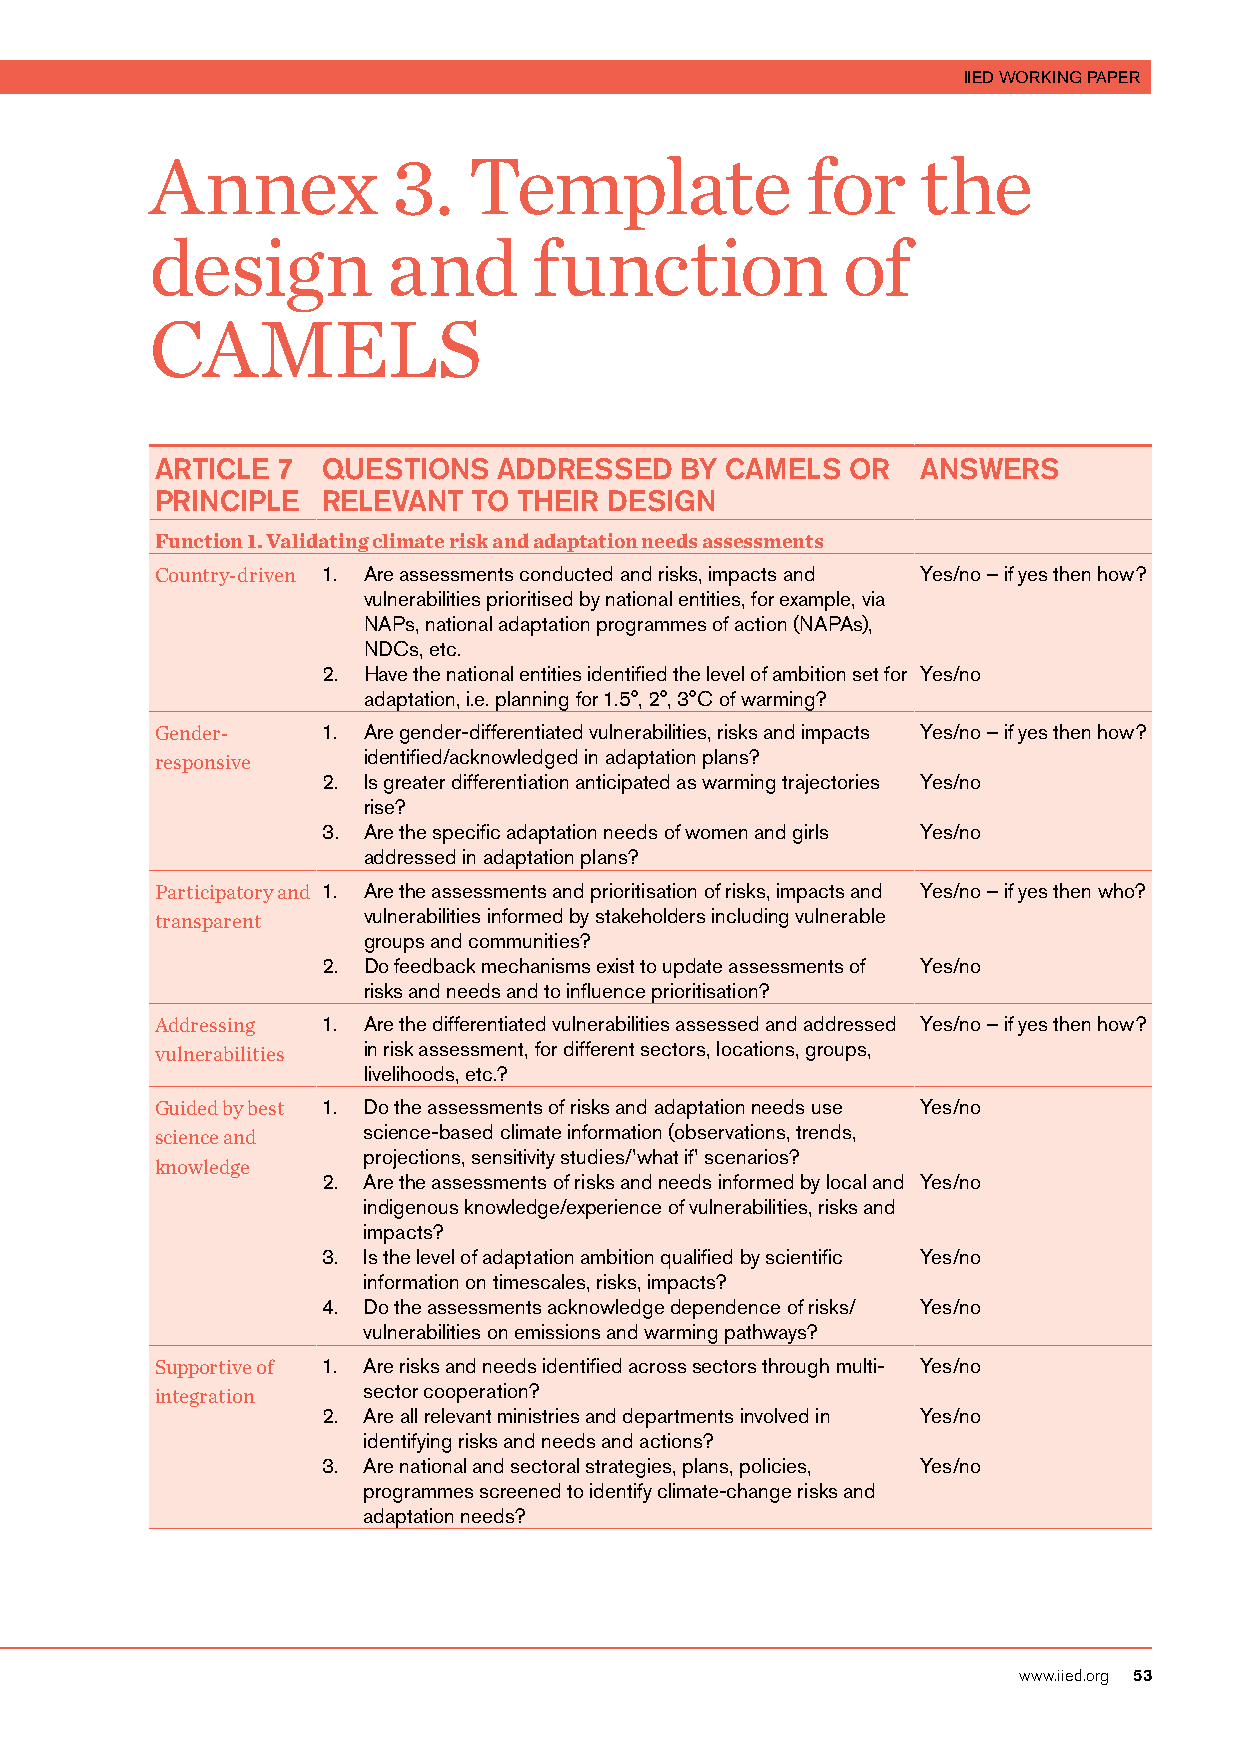
IIED WORKING PAPER
 Annex           3.   Template              for     the
 design          and      function             of
 CAMELS
 ARTICLE 7  QUESTIONS   ADDRESSED   BY CAMELS  OR   ANSWERS
 PRINCIPLE  RELEVANT  TO THEIR DESIGN
 Function 1. Validating climate risk and adaptation needs assessments
 Country-driven 1. Are assessments conducted and risks, impacts and Yes/no – if yes then how?
 vulnerabilities prioritised by national entities, for example, via
 NAPs, national adaptation programmes of action (NAPAs),
 NDCs, etc.
 2. Have the national entities identified the level of ambition set for Yes/no
 adaptation, i.e. planning for 1.5°, 2°, 3°C of warming?
 Gender-    1. Are gender-differentiated vulnerabilities, risks and impacts Yes/no – if yes then how?
 identified/acknowledged in adaptation plans?
 responsive
 2. Is greater differentiation anticipated as warming trajectories Yes/no
 rise?
 3. Are the specific adaptation needs of women and girls Yes/no
 addressed in adaptation plans?
 Participatory and 1. Are the assessments and prioritisation of risks, impacts and Yes/no – if yes then who?
 vulnerabilities informed by stakeholders including vulnerable
 transparent
 groups and communities?
 2. Do feedback mechanisms exist to update assessments of Yes/no
 risks and needs and to influence prioritisation?
 Addressing 1. Are the differentiated vulnerabilities assessed and addressed Yes/no – if yes then how?
 in risk assessment, for different sectors, locations, groups,
 vulnerabilities
 livelihoods, etc.?
 Guided by best 1. Do the assessments of risks and adaptation needs use Yes/no
 science-based climate information (observations, trends,
 science and
 projections, sensitivity studies/’what if’ scenarios?
 knowledge
 2. Are the assessments of risks and needs informed by local and Yes/no
 indigenous knowledge/experience of vulnerabilities, risks and
 impacts?
 3. Is the level of adaptation ambition qualified by scientific Yes/no
 information on timescales, risks, impacts?
 4. Do the assessments acknowledge dependence of risks/ Yes/no
 vulnerabilities on emissions and warming pathways?
 Supportive of 1. Are risks and needs identified across sectors through multi- Yes/no
 sector cooperation?
 integration
 2. Are all relevant ministries and departments involved in Yes/no
 identifying risks and needs and actions?
 3. Are national and sectoral strategies, plans, policies, Yes/no
 programmes screened to identify climate-change risks and
 adaptation needs?
 www.iied.org 53